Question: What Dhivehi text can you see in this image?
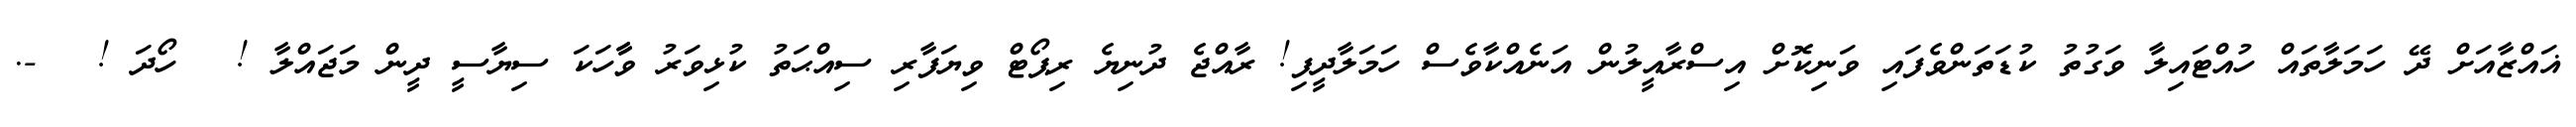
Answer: ޣައްޒާއަށް ދޭ ހަމަލާތައް ހުއްޓައިލާ ވަގުތު ކުޑަތަންވެފައި ވަނިކޮށް އިސްރާއީލުން އަނެއްކާވެސް ހަމަލާދީފި! ރާއްޖެ ދުނިޔެ ރިޕޯޓް ވިޔަފާރި ސިއްޙަތު ކުޅިވަރު ވާާހަކަ ސިޔާސީ ދީން މަޖައްލާ ! ? ހޯދަ ! ? -.